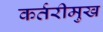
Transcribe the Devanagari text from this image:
कर्तरीमुख